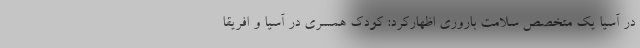
در آسیا یک متخصص سلامت باروری اظهارکرد: کودک همسری در آسیا و افریقا